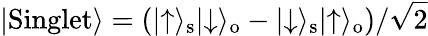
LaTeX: \lvert\mathrm{Singlet}\rangle=(\lvert\uparrow\rangle_{\mathrm{s}}\lvert\downarrow\rangle_{\mathrm{o}}-\lvert\downarrow\rangle_{\mathrm{s}}\lvert\uparrow\rangle_{\mathrm{o}})/\sqrt{2}